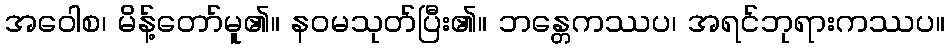
အဝေါစ၊ မိန့်တော်မူ၏။ နဝမသုတ်ပြီး၏။ ဘန္တေကဿပ၊ အရင်ဘုရားကဿပ။